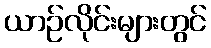
ယာဉ်လိုင်းများတွင်